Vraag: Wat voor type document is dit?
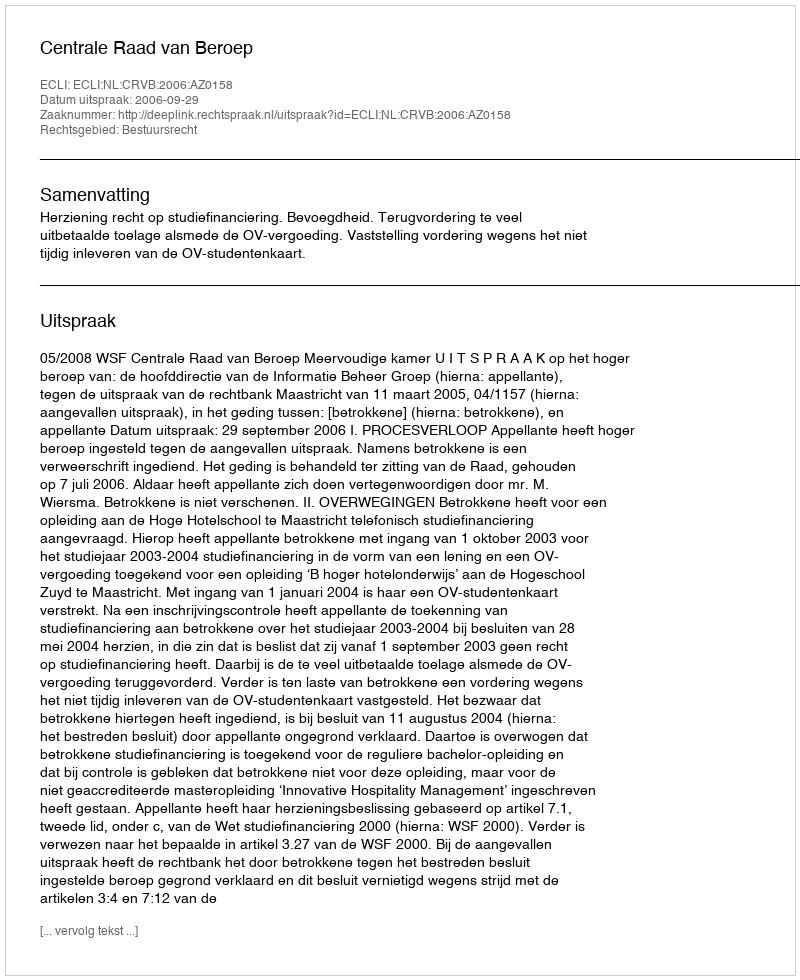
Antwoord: Uitspraak